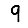
Digit: 9